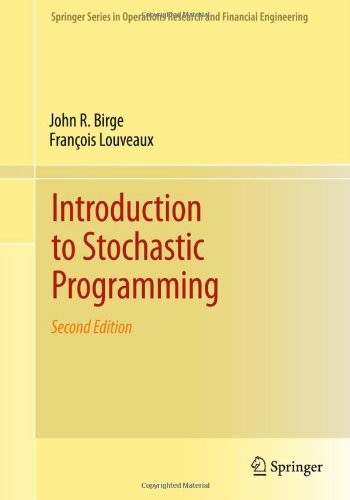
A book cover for Introduction to Stochastic Programming (Springer Series in Operations Research and Financial Engineering); John R. Birge; Business & Money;